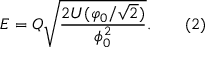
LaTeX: E = Q { \sqrt { \frac { 2 U ( \varphi _ { 0 } / { \sqrt { 2 } } ) } { \phi _ { 0 } ^ { 2 } } } } . \, \, \, \, \, \, \, \, \, \, \, \, ( 2 )